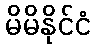
မိမိနိုင်ငံ